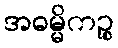
အဓမ္မိကဉ္စ